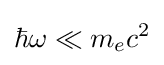
\hbar \omega \ll m_{e}c^{2}